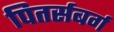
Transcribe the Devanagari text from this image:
पितर्सबर्ग